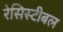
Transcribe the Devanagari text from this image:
रेसिस्टीबल